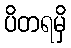
ပိတရမှိ